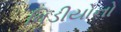
વિડીયોનો